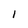
Character: 1